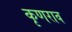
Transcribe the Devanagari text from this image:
कृणराव